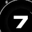
Digit: 7